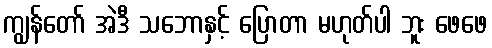
ကျွန်တော် အဲဒီ သဘောနှင့် ပြောတာ မဟုတ်ပါ ဘူး ဖေဖေ